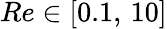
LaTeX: Re\in[0.1,\, 10]